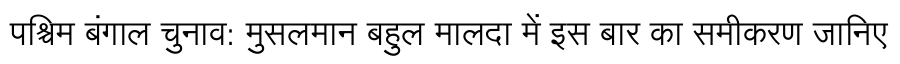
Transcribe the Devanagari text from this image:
पश्चिम बंगाल चुनाव: मुसलमान बहुल मालदा में इस बार का समीकरण जानिए